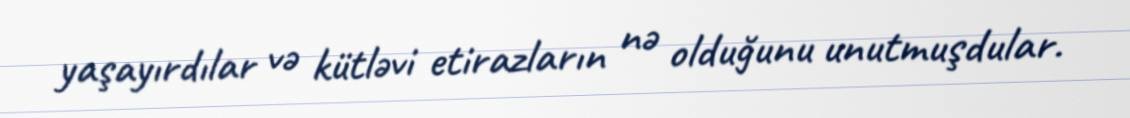
yaşayırdılar və kütləvi etirazların nə olduğunu unutmuşdular.